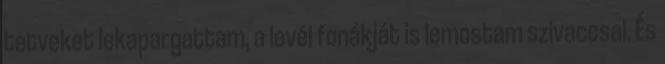
tetveket lekapargattam, a levél fonákját is lemostam szivaccsal. És